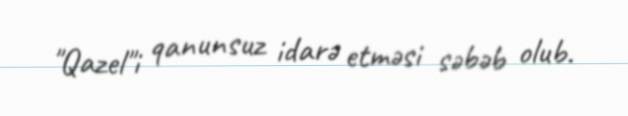
"Qazel"i qanunsuz idarə etməsi səbəb olub.